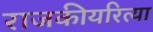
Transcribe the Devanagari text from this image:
राजकीयरित्या